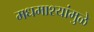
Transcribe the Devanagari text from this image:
मधमाश्यांमुळे